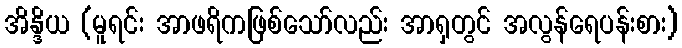
အိန္ဒိယ (မူရင်း အာဖရိကဖြစ်သော်လည်း အာရှတွင် အလွန်ရေပန်းစား)